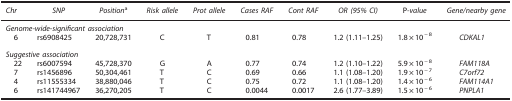
<table><thead><tr><td><b><i>Chr</i></b></td><td><b><i>SNP</i></b></td><td><b><i>Position</i>a</b></td><td><b><i>Risk allele</i></b></td><td><b><i>Prot allele</i></b></td><td><b><i>Cases RAF</i></b></td><td><b><i>Cont RAF</i></b></td><td><b><i>OR (95% CI)</i></b></td><td><b>P<i>-value</i></b></td><td><b><i>Gene/nearby gene</i></b></td></tr></thead><tbody><tr><td colspan="10"><i>Genome-wide-significant association</i></td></tr><tr><td> 6</td><td>rs6908425</td><td>20,728,731</td><td>C</td><td>T</td><td>0.81</td><td>0.78</td><td>1.2 (1.11–1.25)</td><td>1.8×10<sup>−8</sup></td><td><i>CDKAL1</i></td></tr><tr><td> </td><td> </td><td> </td><td> </td><td> </td><td> </td><td> </td><td> </td><td> </td><td> </td></tr><tr><td colspan="10"><i>Suggestive association</i></td></tr><tr><td> 22</td><td>rs6007594</td><td>45,728,370</td><td>G</td><td>A</td><td>0.77</td><td>0.74</td><td>1.2 (1.10–1.22)</td><td>5.9×10<sup>−8</sup></td><td><i>FAM118A</i></td></tr><tr><td> 7</td><td>rs1456896</td><td>50,304,461</td><td>T</td><td>C</td><td>0.69</td><td>0.66</td><td>1.1 (1.08–1.20)</td><td>1.9×10<sup>−7</sup></td><td><i>C7orf72</i></td></tr><tr><td> 4</td><td>rs11555334</td><td>38,880,046</td><td>T</td><td>C</td><td>0.75</td><td>0.72</td><td>1.1 (1.08–1.20)</td><td>1.4×10<sup>−6</sup></td><td><i>FAM114A1</i></td></tr><tr><td> 6</td><td>rs141744967</td><td>36,270,205</td><td>T</td><td>C</td><td>0.0044</td><td>0.0017</td><td>2.6 (1.77–3.89)</td><td>1.5×10<sup>−6</sup></td><td><i>PNPLA1</i></td></tr></tbody></table>